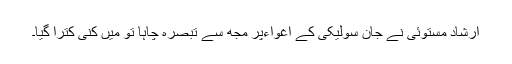
ارشاد مستوئی نے جان سولیکی کے اغواءپر مجھ سے تبصرہ چاہا تو میں کنّی کترا گیا۔